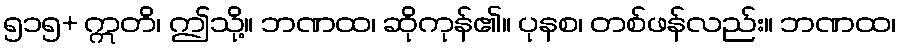
၅၁၅+ ဣတိ၊ ဤသို့။ ဘဏထ၊ ဆိုကုန်၏။ ပုနစ၊ တစ်ဖန်လည်း။ ဘဏထ၊